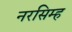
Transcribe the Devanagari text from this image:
नरसिम्ह